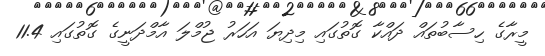
މީރާގެ ހިސާބުތައް ދައްކާ ގޮތުގައި މިދިޔަ އަހަރު ޖުމްލަ އާމްދަނީގެ ގޮތުގައި 11.4